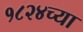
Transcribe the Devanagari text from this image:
१८२४च्या